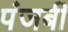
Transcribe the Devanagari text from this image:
पंजबी